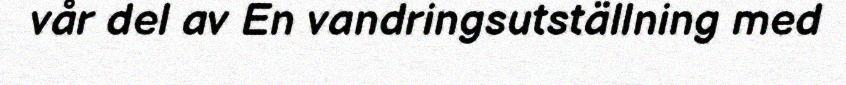
vår del av En vandringsutställning med